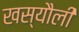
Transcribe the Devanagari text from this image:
खस्यौली